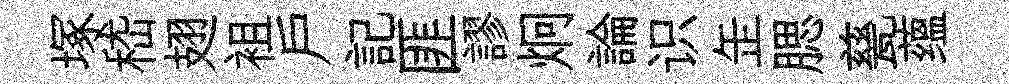
塚嵇翅袓戶記匪謬炯論识𦈢腮甆蕴